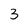
Character: 3